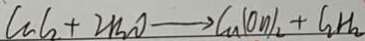
C u l _ { 2 } + 2 H _ { 2 } O \rightarrow C u ( o n ) _ { 2 } + l _ { 2 } H _ { 2 }